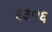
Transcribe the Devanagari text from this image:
६३०६